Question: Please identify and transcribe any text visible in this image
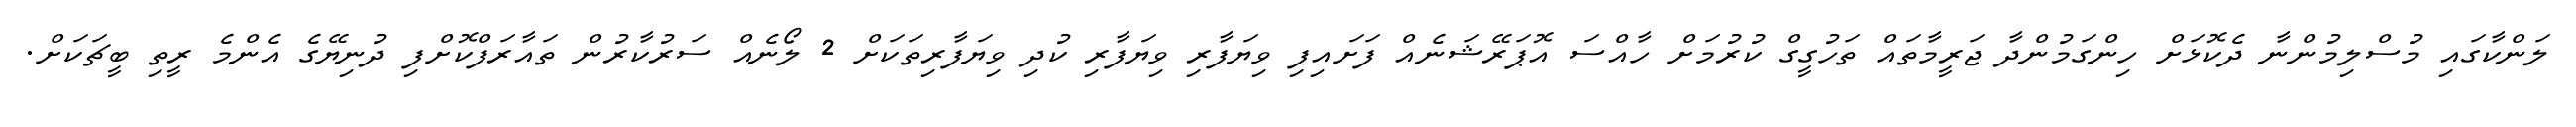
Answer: ލަންކާގައި މުސްލިމުންނާ ދެކޮޅަށް ހިންގަމުންދާ ޖަރީމާތައް ތަހުގީގް ކުރުމަށް ހާއްސަ އޮޕަރޭޝަނެއް ފަށައިފި ވިޔަފާރި ވިޔަފާރި ކުދި ވިޔަފާރިތަކަށް 2 ލޯނެއް ސަރުކާރުން ތައާރަފްކޮށްފި ދުނިޔޭގެ އެންމެ ރީތި ބީޗަކަށް.